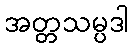
အတ္တသမ္ပဒါ